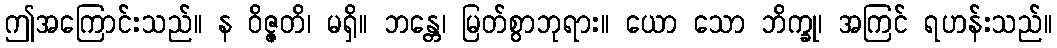
ဤအကြောင်းသည်။ န ဝိဇ္ဇတိ၊ မရှိ။ ဘန္တေ၊ မြတ်စွာဘုရား။ ယော သော ဘိက္ခု၊ အကြင် ရဟန်းသည်။